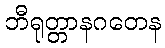
ဘီရုတ္တာနဂတေန